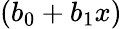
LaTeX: (b_{0}+b_{1}x)